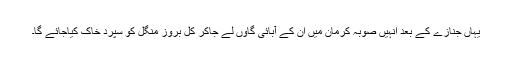
یہاں جنازے کے بعد انہیں صوبہ کرمان میں ان کے آبائی گاوں لے جاکر کل بروز منگل کو سپرد خاک کیاجائے گا۔